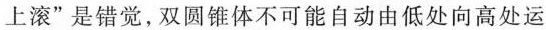
上滚”是错觉，双圆锥体不可能自动由低处向高处运